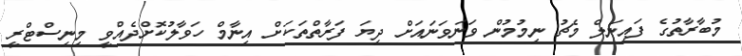
މުބާރާތުގެ ފައިނަލް މެޗު ނިމުމުން ވަނަވަނައަށް ދިޔަ ފަރާތްތަކަށް އިނާމް ހަވާލުކޮށްދެއްވީ މިނިސްޓްރީ